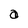
Character: a